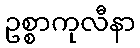
ဥစ္စာကုလီနာ